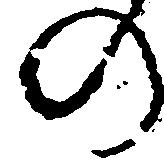
の